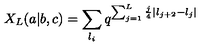
X _ { L } ( a | b , c ) = \sum _ { l _ { i } } q ^ { \sum _ { j = 1 } ^ { L } \frac { j } { 4 } | l _ { j + 2 } - l _ { j } | }